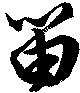
笛